Lock hospitals Punjab
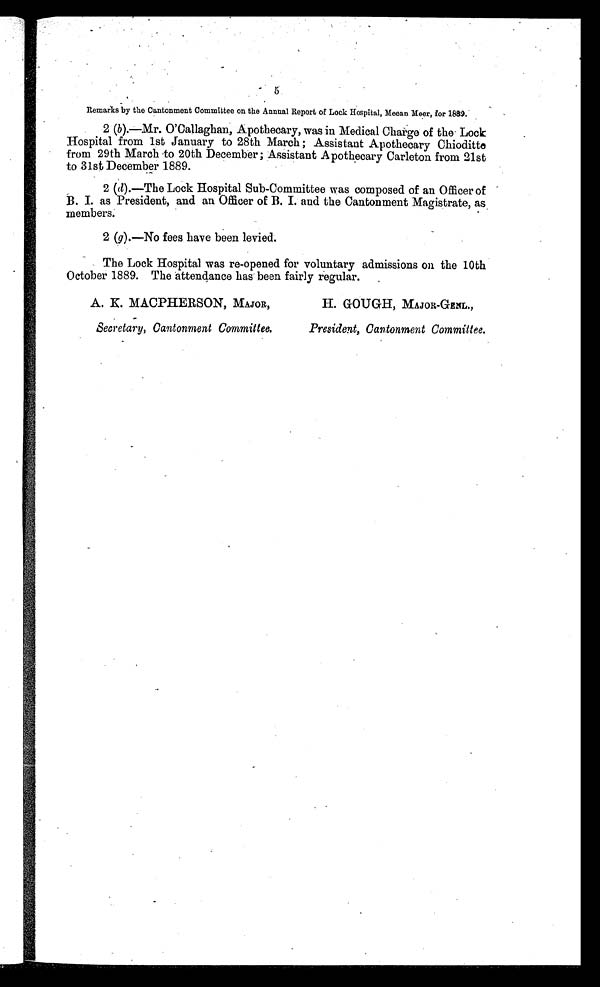
5.
Remarks by the Cantonment Committee on the Annual Report of Lock Hospital, Meean Meer, for 1889.
2 (b).—Mr. O'Callaghan, Apothecary, was in Medical Charge of the Lock
Hospital from 1st January to 28th March ; Assistant Apothecary Chioditte
from 29th March to 20th December; Assistant A pothecary Carleton from 21st
to 31st December 1889.
2 (d).—The Lock Hospital Sub-Committee was composed of an Officer of
B. I. as President, and an Officer of B. I. and the Cantonment Magistrate, as
members.
2 (g).—No fees have been levied.
The Lock Hospital was re-opened for voluntary admissions on the 10th
October 1889. The attendance has been fairly regular.
A. K. MACPHERSON, MAJOR,
H. GOUGH, MAJOR-GENL.,
Secretary, Cantonment Committee.
President, Cantonment Committee,